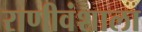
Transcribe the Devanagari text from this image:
राणीवंशाला